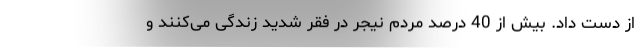
از دست داد. بیش از 40 درصد مردم نیجر در فقر شدید زندگی می‌کنند و